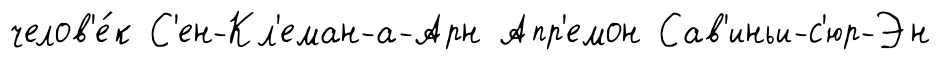
челов'е́к С'ен-Кл'еман-а-Арн Апр'емон Сав'иньи-с'юр-Эн